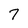
Character: 7